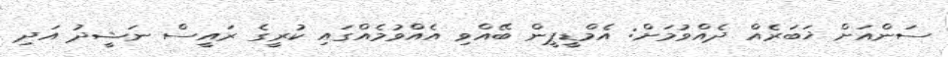
ސަންއަށް ޚަބަރެއް ދެއްވުމަށް: އެމްޑީޕީން ބޭއްވި އެއްވުމެއްގައި ކުރީގެ ރައީސް ނަޝީދު އަދި